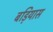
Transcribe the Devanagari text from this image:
बड़ियास